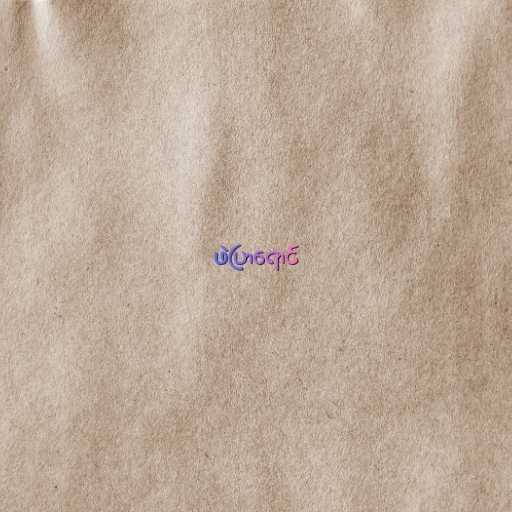
ဖဲပြာရောင်